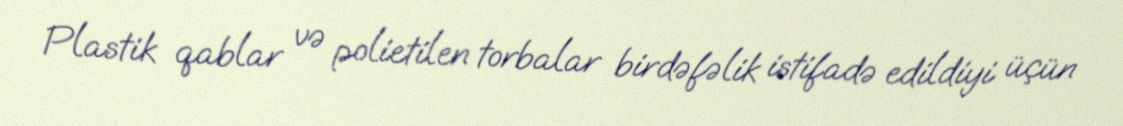
Plastik qablar və polietilen torbalar birdəfəlik istifadə edildiyi üçün